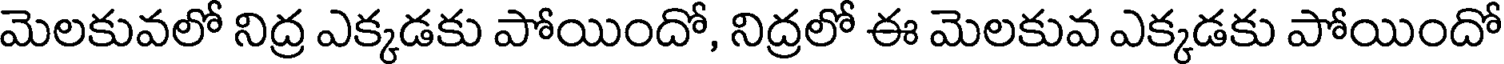
మెలకువలో నిద్ర ఎక్కడకు పోయిందో, నిద్రలో ఈ మెలకువ ఎక్కడకు పోయిందో